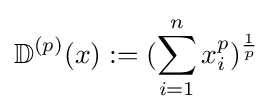
\mathbb {D} ^{(p)}(x):=(\sum _{i=1}^{n}x_{i}^{p})^{\frac {1}{p}}